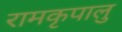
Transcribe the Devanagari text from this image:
रामकृपालु